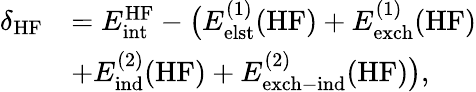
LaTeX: \begin{array}{rl}{\delta_{\mathrm{HF}}}&{=E_{\mathrm{int}}^{\mathrm{HF}}-\big(E_{\mathrm{elst}}^{(1)}(\mathrm{HF})+E_{\mathrm{exch}}^{(1)}(\mathrm{HF})}\\ &{+E_{\mathrm{ind}}^{(2)}(\mathrm{HF})+E_{\mathrm{exch-ind}}^{(2)}(\mathrm{HF})\big),}\end{array}